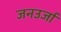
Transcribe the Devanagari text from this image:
जनउर्जा